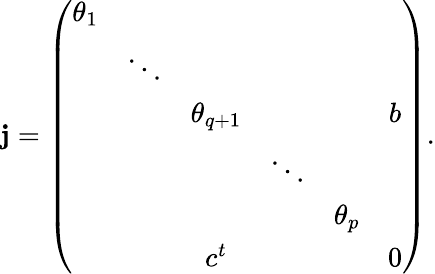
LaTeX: \mathbf{j}=\left(\begin{array}{cccccc}{{\theta_{1}}}&{{}}&{{}}&{{}}&{{}}&{{}}\\ {{}}&{{\ddots}}&{{}}&{{}}&{{}}&{{}}\\ {{}}&{{}}&{{\theta_{q+1}}}&{{}}&{{}}&{{b}}\\ {{}}&{{}}&{{}}&{{\ddots}}&{{}}&{{}}\\ {{}}&{{}}&{{}}&{{}}&{{\theta_{p}}}&{{}}\\ {{}}&{{}}&{{c^{t}}}&{{}}&{{}}&{{0}}\end{array}\right).